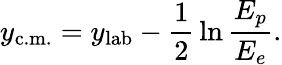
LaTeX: y_{\mathrm{c.m.}}=y_{\mathrm{lab}}-{\frac{1}{2}}\ln{\frac{E_{p}}{E_{e}}}.